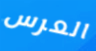
العرس